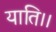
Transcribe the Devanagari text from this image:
याति।।